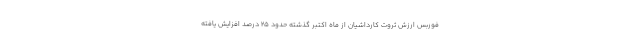
فوربس ارزش ثروت کارداشیان از ماه اکتبر گذشته حدود 25 درصد افزایش یافته